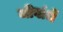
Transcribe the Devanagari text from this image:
जीवांचें